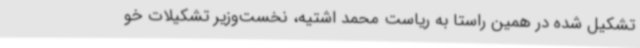
تشکیل شده در همین راستا به ریاست محمد اشتیه، نخست‌وزیر تشکیلات خو